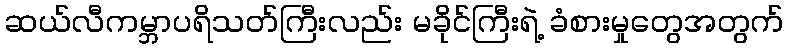
ဆယ်လီကမ္ဘာပရိသတ်ကြီးလည်း မခိုင်ကြီးရဲ့ ခံစားမှုတွေအတွက်